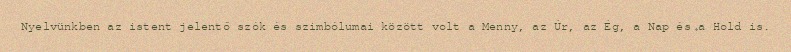
Nyelvünkben az istent jelentő szók és szimbólumai között volt a Menny, az Úr, az Ég, a Nap és a Hold is.